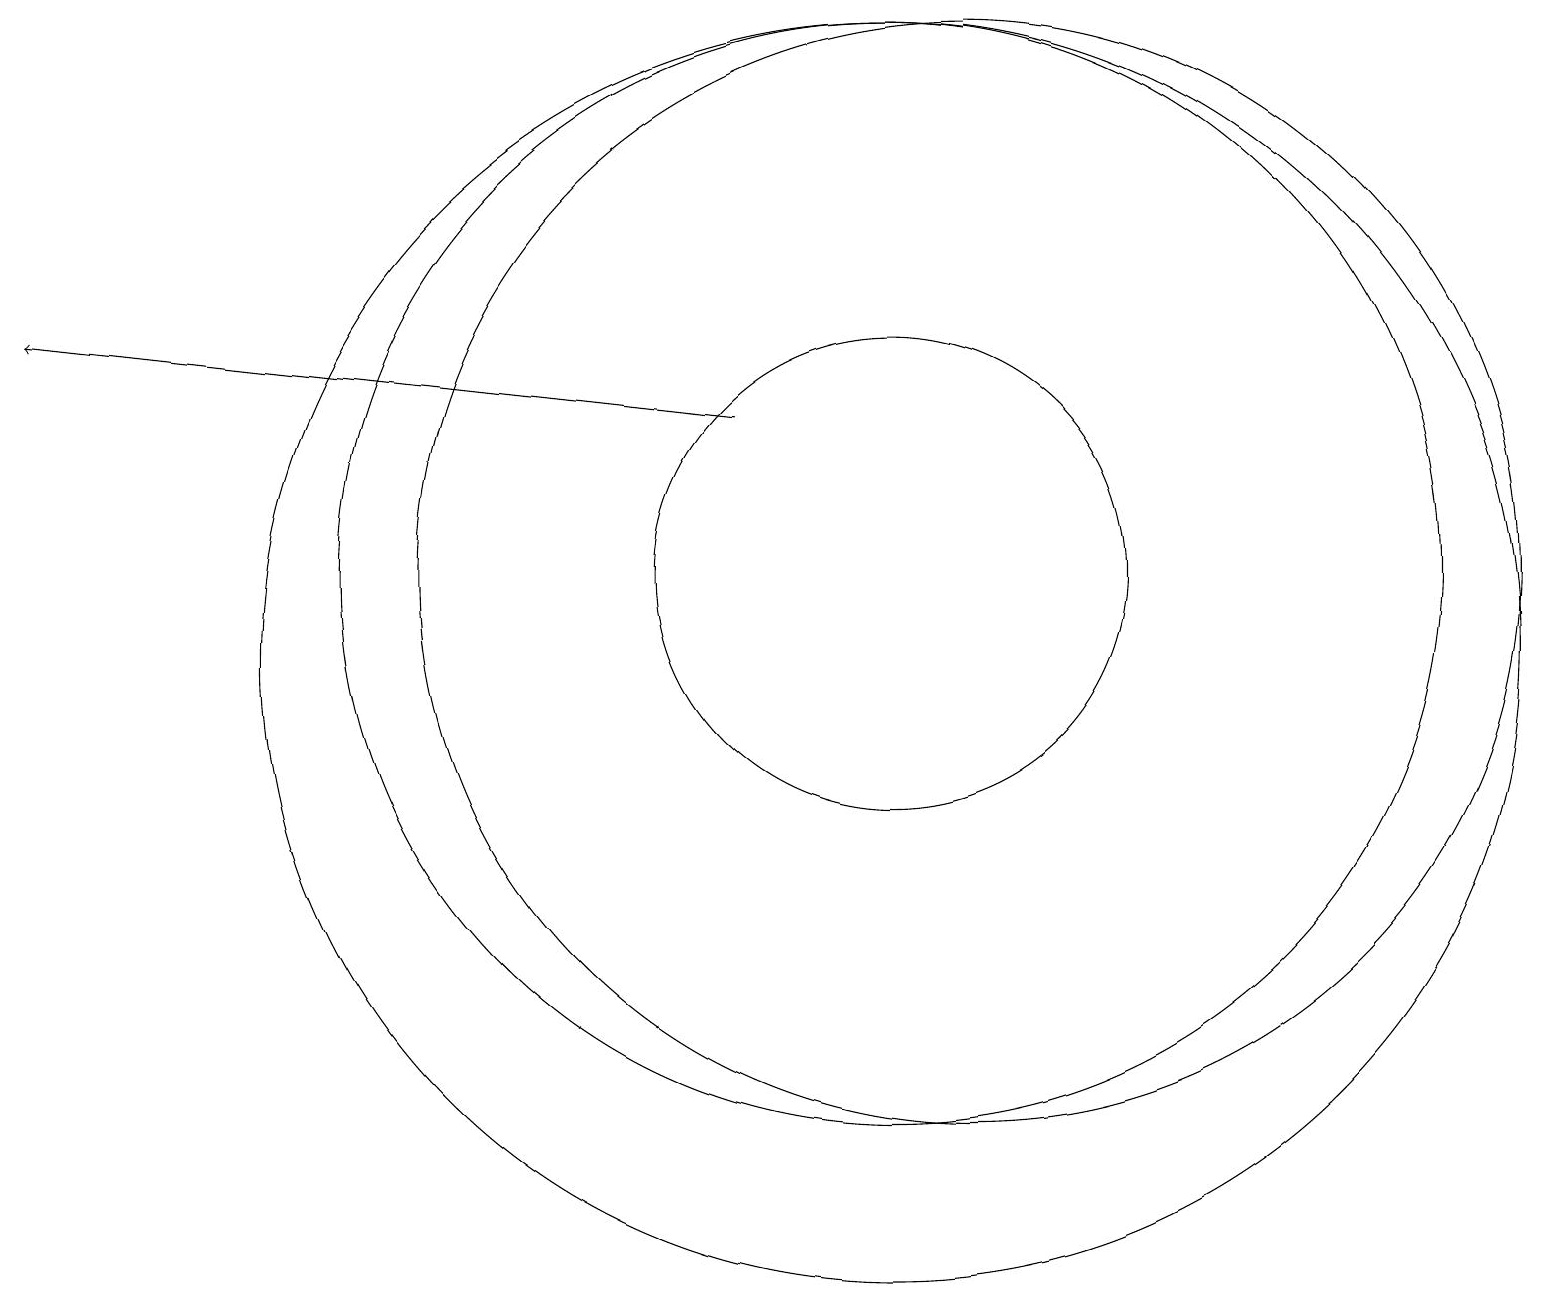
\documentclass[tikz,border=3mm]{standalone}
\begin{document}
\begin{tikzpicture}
\draw (11,12) circle (0);
\draw (11,10) circle (8);
\draw (11,11) circle (3);
\draw[->] (9,13) -- (0,14);
\draw (11,11) circle (7);
\draw (10,10) circle (0);
\draw (12,11) circle (7);
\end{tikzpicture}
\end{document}